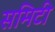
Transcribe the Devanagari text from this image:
समिटी